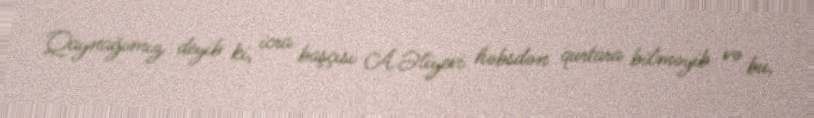
Qaynağımız deyib ki, icra başçısı A.Əliyevi həbsdən qurtara bilməyib və bu,